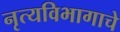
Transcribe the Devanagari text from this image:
नृत्यविभागाचे